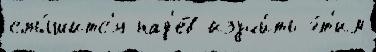
слы́шитс'я над'е́в изучи́ть э́т'им